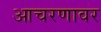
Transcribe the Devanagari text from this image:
आचरणावर